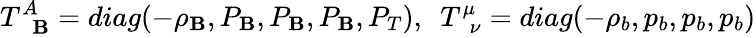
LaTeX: T_{\phantom{A}\mathbf{B}}^{A}=diag(-\rho_{\mathbf{B}},P_{\mathbf{B}},P_{\mathbf{B}},P_{\mathbf{B}},P_{T}),~~T_{\phantom{\mu}\nu}^{\mu}=diag(-\rho_{b},p_{b},p_{b},p_{b})